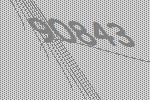
90843